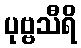
ပုဗ္ဗသီရိ